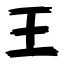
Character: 王